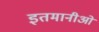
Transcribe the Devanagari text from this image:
इतमानीओं